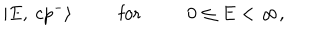
LaTeX: | E , \ c p ^ { - } \rangle \phantom { 0 0 0 0 0 } \mathrm { f o r } \phantom { 0 0 0 0 0 } 0 \leq E < \infty ,